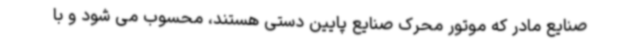
صنایع مادر که موتور محرک صنایع پایین دستی هستند، محسوب می شود و با